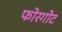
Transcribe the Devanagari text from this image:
फोरगोट